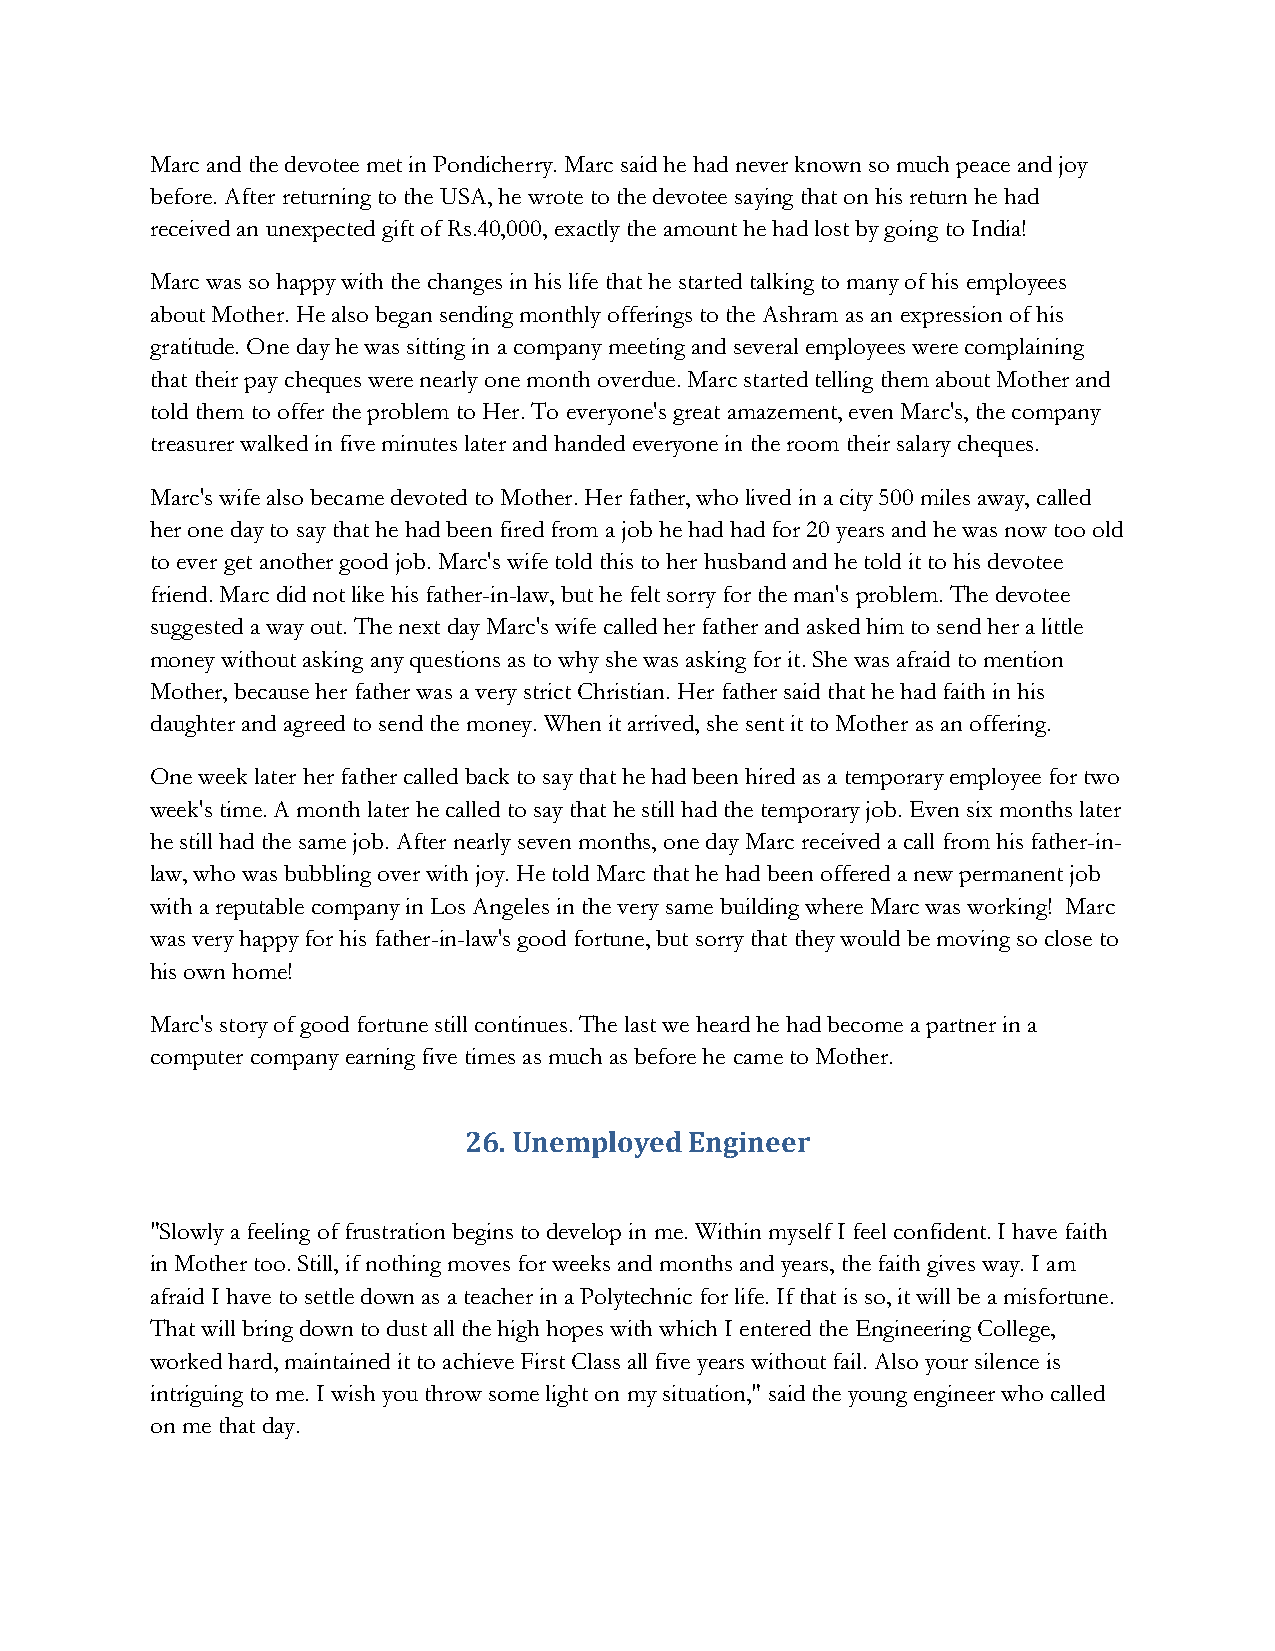
Marc and the devotee met in Pondicherry. Marc said he had never known so much peace and joy
 before. After returning to the USA, he wrote to the devotee saying that on his return he had
 received an unexpected gift of Rs.40,000, exactly the amount he had lost by going to India!
 Marc was so happy with the changes in his life that he started talking to many of his employees
 about Mother. He also began sending monthly offerings to the Ashram as an expression of his
 gratitude. One day he was sitting in a company meeting and several employees were complaining
 that their pay cheques were nearly one month overdue. Marc started telling them about Mother and
 told them to offer the problem to Her. To everyone's great amazement, even Marc's, the company
 treasurer walked in five minutes later and handed everyone in the room their salary cheques.
 Marc's wife also became devoted to Mother. Her father, who lived in a city 500 miles away, called
 her one day to say that he had been fired from a job he had had for 20 years and he was now too old
 to ever get another good job. Marc's wife told this to her husband and he told it to his devotee
 friend. Marc did not like his father-in-law, but he felt sorry for the man's problem. The devotee
 suggested a way out. The next day Marc's wife called her father and asked him to send her a little
 money without asking any questions as to why she was asking for it. She was afraid to mention
 Mother, because her father was a very strict Christian. Her father said that he had faith in his
 daughter and agreed to send the money. When it arrived, she sent it to Mother as an offering.
 One week later her father called back to say that he had been hired as a temporary employee for two
 week's time. A month later he called to say that he still had the temporary job. Even six months later
 he still had the same job. After nearly seven months, one day Marc received a call from his father-in-
 law, who was bubbling over with joy. He told Marc that he had been offered a new permanent job
 with a reputable company in Los Angeles in the very same building where Marc was working! Marc
 was very happy for his father-in-law's good fortune, but sorry that they would be moving so close to
 his own home!
 Marc's story of good fortune still continues. The last we heard he had become a partner in a
 computer company earning five times as much as before he came to Mother.
 26. Unemployed Engineer
 "Slowly a feeling of frustration begins to develop in me. Within myself I feel confident. I have faith
 in Mother too. Still, if nothing moves for weeks and months and years, the faith gives way. I am
 afraid I have to settle down as a teacher in a Polytechnic for life. If that is so, it will be a misfortune.
 That will bring down to dust all the high hopes with which I entered the Engineering College,
 worked hard, maintained it to achieve First Class all five years without fail. Also your silence is
 intriguing to me. I wish you throw some light on my situation," said the young engineer who called
 on me that day.